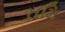
તમિ